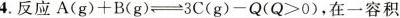
4.反应$$A ( g ) + B ( g ) \rightleftharpoons 3 C ( g ) - Q ( Q > 0 )$$，在一容积